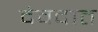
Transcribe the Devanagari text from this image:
देवदात